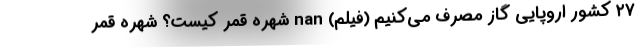
۲۷ کشور اروپایی گاز مصرف می‌کنیم (فیلم) nan شهره قمر کیست؟ شهره قمر